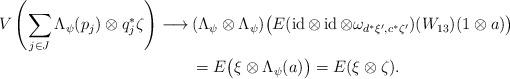
LaTeX: \begin{align*}V\left(\sum_{j\in J}\Lambda_{\psi}(p_j)\otimes q_j^*\zeta\right)\longrightarrow\,&(\Lambda_{\psi}\otimes\Lambda_{\psi})\bigl(E(\operatorname{id}\otimes\operatorname{id}\otimes\omega_{d^*\xi',c^*\zeta'})(W_{13})(1\otimes a)\bigr) \\&=E\bigl(\xi\otimes\Lambda_{\psi}(a)\bigr)=E(\xi\otimes\zeta).\end{align*}